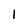
Character: 1